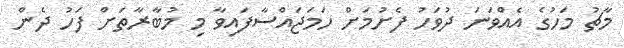
މާޗު މަހުގެ އެއްވަނަ ދުވަހު ފެށުމަށް ހަމަޖައްސާފައިވާ މި މުބާރާތަށް ފަހު ދެން